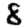
Digit: 8